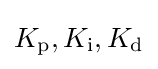
K_{\text{p}},K_{\text{i}},K_{\text{d}}